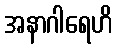
အနာဂါရေဟိ